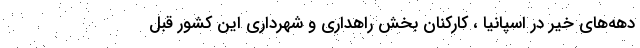
دهه‌های خیر در اسپانیا ، کارکنان بخش راهداری و شهرداری این کشور قبل